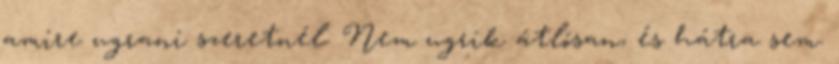
amire ugrani szeretnél. Nem ugrik átlósan, és hátra sem.